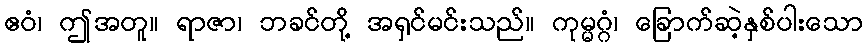
ဧဝံ၊ ဤအတူ။ ရာဇာ၊ ဘခင်တို့ အရှင်မင်းသည်။ ကုမ္မဂ္ဂံ၊ ခြောက်ဆဲ့နှစ်ပါးသော